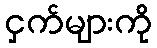
ငှက်များကို